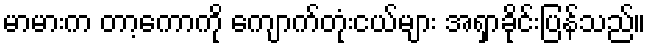
မာမားက တာ့ကောကို ကျောက်တုံးငယ်များ အရှာခိုင်းပြန်သည်။